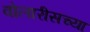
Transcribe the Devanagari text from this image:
वोलारीसच्या